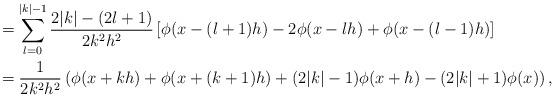
LaTeX: \begin{align*}&=\sum_{l=0}^{|k|-1} \frac{2|k|-(2l+1)}{2k^2 h^2}\left[ \phi(x-(l+1)h)-2\phi(x-lh) + \phi(x-(l-1)h) \right]\\&=\frac{1}{2k^2h^2}\left( \phi(x+kh)+\phi(x+(k+1)h)+(2|k|-1)\phi(x+h)-(2|k|+1)\phi(x) \right),\end{align*}